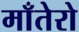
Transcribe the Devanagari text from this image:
माँतेरो